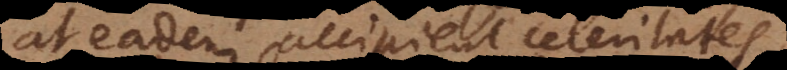
at eadem accipient celeritates